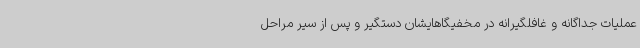
عملیات جداگانه و غافلگیرانه در مخفیگاهایشان دستگیر و پس از سیر مراحل